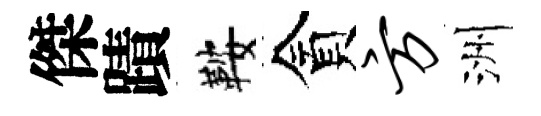
傑蹟鞍貪方洲